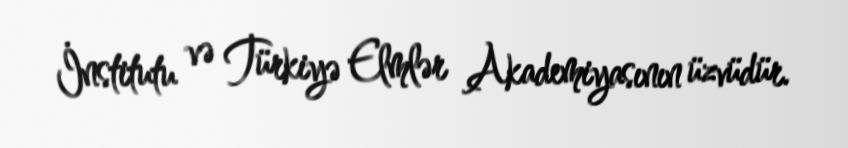
İnstitutu və Türkiyə Elmlər Akademiyasının üzvüdür.